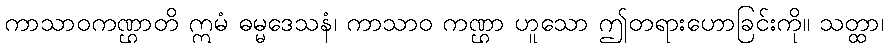
ကာသာဝကဏ္ဌာတိ ဣမံ ဓမ္မဒေသနံ၊ ကာသာဝ ကဏ္ဌာ ဟူသော ဤတရားဟောခြင်းကို။ သတ္ထာ၊